Report on the working of the mental hospitals for Indians in Bihar and Orissa - 1925-1929
Year: 1925
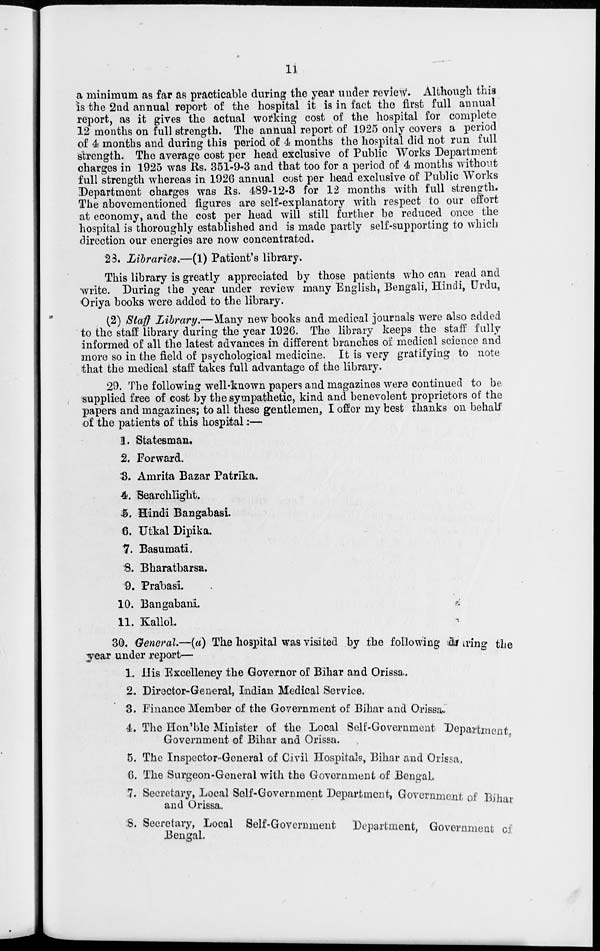
11
a minimum as far as practicable during the year under review. Although this
is the 2nd annual report of the hospital it is in fact the first full annual
report, as it gives the actual working cost of the hospital for complete
12 months on full strength. The annual report of 1925 only covers a period
of 4 months and during this period of 4 months the hospital did not run full
strength. The average cost per head exclusive of Public Works Department
charges in 1925 was Rs. 351-9-3 and that too for a period of 4 months without
full strength whereas in 1926 annual cost per head exclusive of Public Works
Department charges was Rs. 489-12-3 for 12 months with full strength.
The abovementioned figures are self-explanatory with respect to our effort
at economy, and the cost per head will still further be reduced once the
hospital is thoroughly established and is made partly self-supporting to which
direction our energies are now concentrated.
23. Libraries.—(1) Patient's library.
This library is greatly appreciated by those patients who can read and
write. During the year under review many English, Bengali, Hindi, Urdu,
Oriya books were added to the library.
(2) Staff Library.—Many new books and medical journals were also added
to the staff library during the year 1926. The library keeps the staff fully
informed of all the latest advances in different branches of medical science and
more so in the field of psychological medicine. It is very gratifying to note
that the medical staff takes full advantage of the library.
29. The following well-known papers and magazines were continued to be
supplied free of cost by the sympathetic, kind and benevolent proprietors of the
papers and magazines; to all these gentlemen, I offer my best thanks on behalf
of the patients of this hospital:—
1. Statesman.
2. Forward.
3. Amrita Bazar Patrika.
4. Searchlight.
5. Hindi Bangabasi.
6. Utkal Dipika.
7. Basumati.
8. Bharatbarsa.
9. Prabasi
10. Bangabani.
11. Kallol.
30. General.—(a) The hospital was visited by the following during the
year under report—
1. His Excelleney the Governor of Bihar and Orissa.
2. Director-General, Indian Medical Service.
3. Finance Member of the Government of Bihar and Orissa.
4. The Hon'ble Minister of the Local Self-Government Department,
Government of Bihar and Orissa.
5. The Inspector-General of Civil Hospitals, Bihar and Orissa.
6. The Surgeon-General with the Government of Bengal
7. Secretary, Local Self-Government Department, Government of Bihar
and Orissa.
8. Secretary, Local Self-Government Department, Government of
Bengal.